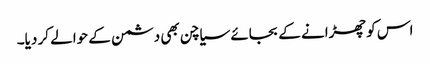
اس کو چھڑانے کے بجائے سیاچن بھی دشمن کے حوالے کر دیا۔